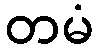
တမံ